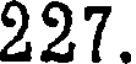
227.